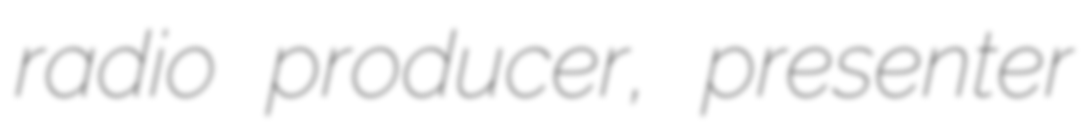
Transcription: radio producer, presenter